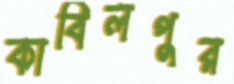
কাবিলপুর